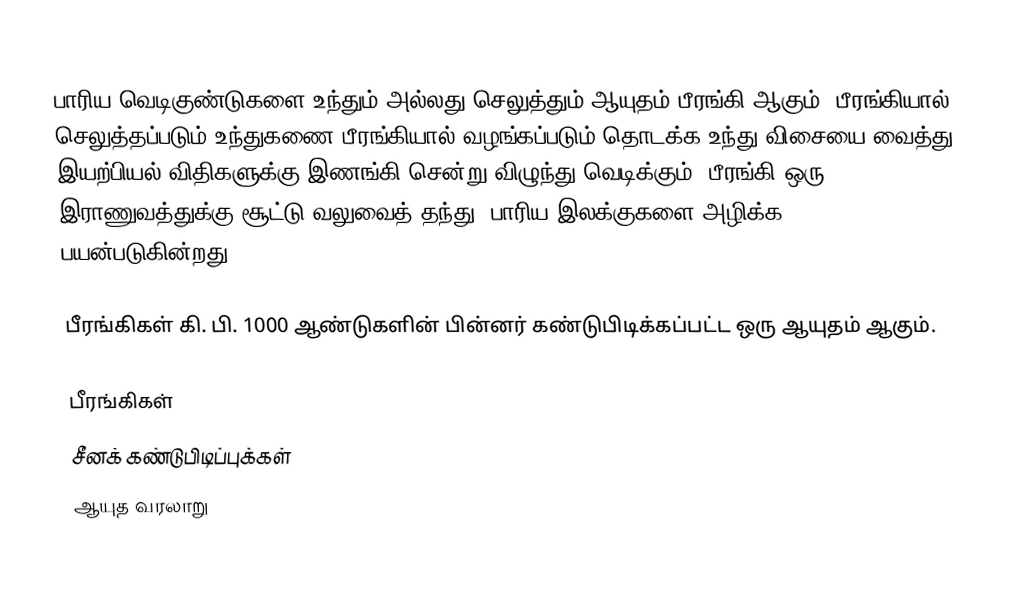
பாரிய வெடிகுண்டுகளை உந்தும் அல்லது செலுத்தும் ஆயுதம் பீரங்கி ஆகும். பீரங்கியால் செலுத்தப்படும் உந்துகணை பீரங்கியால் வழங்கப்படும் தொடக்க உந்து விசையை வைத்து இயற்பியல் விதிகளுக்கு இணங்கி சென்று விழுந்து வெடிக்கும். பீரங்கி ஒரு இராணுவத்துக்கு சூட்டு வலுவைத் தந்து, பாரிய இலக்குகளை அழிக்க பயன்படுகின்றது.

பீரங்கிகள் கி. பி. 1000 ஆண்டுகளின் பின்னர் கண்டுபிடிக்கப்பட்ட ஒரு ஆயுதம் ஆகும்.

பீரங்கிகள்
சீனக் கண்டுபிடிப்புக்கள்
ஆயுத வரலாறு